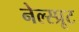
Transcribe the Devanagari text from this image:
नेल्स्प्रूट